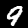
Digit: 9